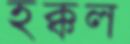
হক্কল